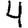
Digit: 4